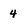
Character: 4